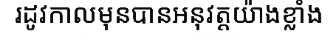
រដូវកាលមុនបានអនុវត្តយ៉ាងខ្លាំង